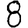
Digit: 8